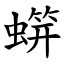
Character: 䗗